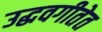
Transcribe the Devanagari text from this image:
उद्धवगीतेत